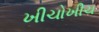
ખીચોખીચ